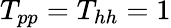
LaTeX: T_{pp}=T_{hh}=1